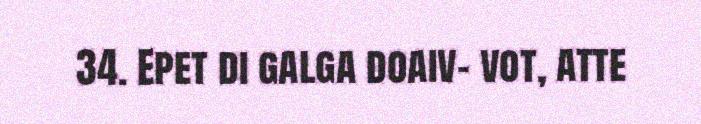
34. Epet di galga doaiv- vot, atte